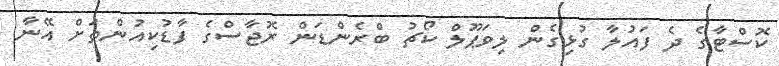
ކޮސްޓާގެ ދެ ފައުލާ ގުޅިގެން ލިވަޕޫލް ކޯޗު ބްރެންޑަން ރޮޖާސްގެ ފާޑުކިއުންތަށް އޭނާ